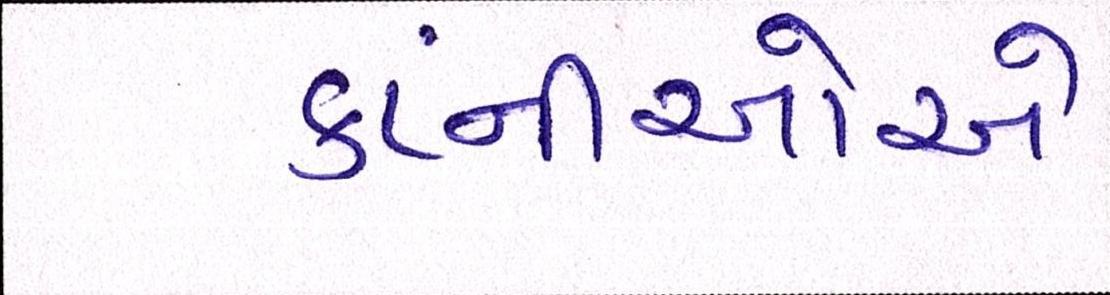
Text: કંપ્નીઓએ